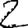
Digit: 2